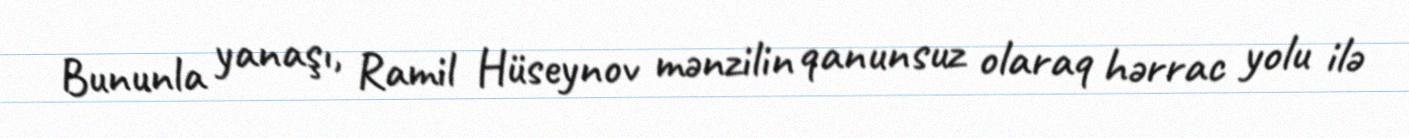
Bununla yanaşı, Ramil Hüseynov mənzilin qanunsuz olaraq hərrac yolu ilə